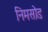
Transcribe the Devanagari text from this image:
निमसोड